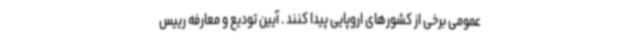
عمومی برخی از کشورهای اروپایی پیدا کنند . آیین تودیع و معارفه رییس